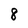
Character: 8